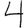
Digit: 4